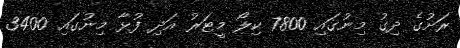
ރަށުގެ ދިގު މިނުގައި 7800 ކިލޯ މީޓަރު އަދި ފުޅާ މިނުގައި 3400